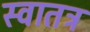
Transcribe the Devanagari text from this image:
स्वातत्र